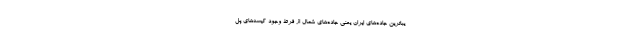
یباترین جاده‌های ایران یعنی جاده‌های شمال از فرط وجود کیسه‌های پل